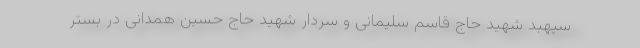
سپهبد شهید حاج قاسم سلیمانی و سردار شهید حاج حسین همدانی در بستر